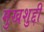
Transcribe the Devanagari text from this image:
मुखशुद्दी